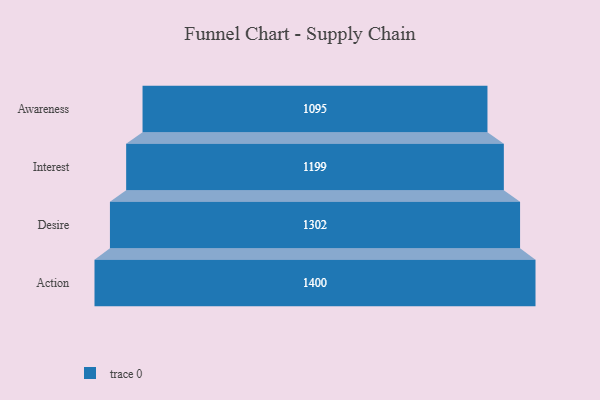
{"axis": {"x": "Stage", "y": "Value"}, "legend": [""], "data": [{"x": "Awareness", "y": 1095.0, "type": ""}, {"x": "Interest", "y": 1199.0, "type": ""}, {"x": "Desire", "y": 1302.0, "type": ""}, {"x": "Action", "y": 1400.0, "type": ""}]}